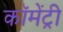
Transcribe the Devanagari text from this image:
कॉमेंट्री